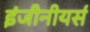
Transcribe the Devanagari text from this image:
इंजीनीयर्स